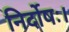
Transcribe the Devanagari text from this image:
निर्दोषः।